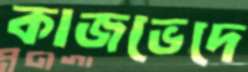
কাজভেদে